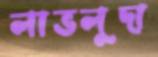
লাভলুদা